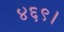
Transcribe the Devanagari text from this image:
४६९।